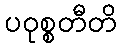
ပဝုစ္စတီတိ